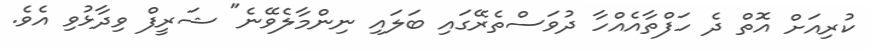
ކުރިއަށް އޮތް ދެ ހަފްތާއެއްހާ ދުވަސްތެރޭގައި ބަލައި ނިންމާލެވޭނެ" ޝަރީފް ވިދާޅުވި އެވެ.